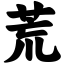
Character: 荒